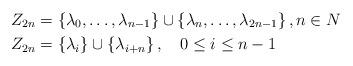
LaTeX: \begin{align*}Z_{2n} & =\left\{ \lambda_{0},\ldots,\lambda_{n-1}\right\} \cup\left\{\lambda_{n},\ldots,\lambda_{2n-1}\right\} ,n\in N\\Z_{2n} & =\left\{ \lambda_{i}\right\} \cup\left\{ \lambda_{i+n}\right\},\quad0\leq i\leq n-1\end{align*}